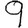
Digit: 9